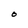
Character: O